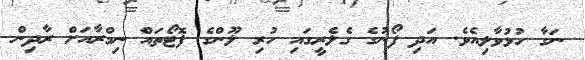
ނަގާ ހުޅުވާލިއެވެ. އަދި ފޯނުގެ ގެލެރީގައި ހުރި ލޫންގެ ފޮޓޯތައް ނިމްރާއަށް ރާދިން